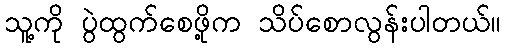
သူ့ကို ပွဲထွက်စေဖို့က သိပ်စောလွန်းပါတယ်။